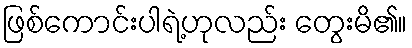
ဖြစ်ကောင်းပါရဲ့ဟုလည်း တွေးမိ၏။